Leaving Certificate Examination, 1913
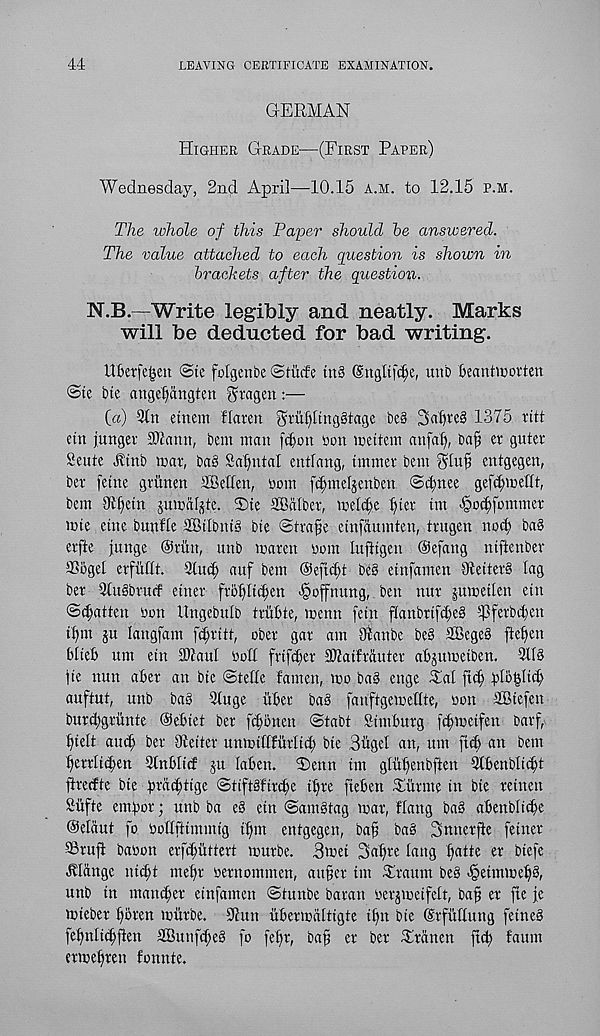
44
LEAVING CERTIFICATE EXAMINATION.
GERMAN
Higher Grade—(First Paper)
Wednesday, 2nd April—10.15 a.h. to 12.15 p.m.
The luhole of this Paper should he answered.
The value attached to each question is shown in
brackets after the question.
N.B.—Write legibly and neatly. Marks
will be deducted for bad writing.
Uterfe^en @te folgenbe ©tucfe m3 (Sitgltf^e, uub Ganttrovten
@te bte aitgel)angten ^ragen:—
(a) 9tn etnem flaren ^rufilinggtage be§
1375 titt
ein junger SOlann, bent man f^on non mettem anfal), ba^ er guter
Sente Htnb mar, bag Sagittal entlang, tmmer bent
entgegen,
ber feme gviinen SBeHen, nom fcfnne^enben ©cfnee gef^mettt,
bent Dtfjetn jumal^te. 2)te SBalber, melcfte bier tm '§ocbfommer
mte etne bunlle QBtlbntg bte <Stra^e cinfaumten, trugen no(^ bag
erfte jnnge ©rim, unb maren nom luftigen ©efang niftenber
SSbgel erfitrit. Stud; auf bem @eficf)t beg etnfamen Oteiterg tag
ber Stugbrucf etner frot)Itct>en >§offmutg, ben nur jumetlen etn
©fatten non Ungebutb triitte, menn fetn ftanbrifd;eg tpferbi^en
tt)m ju langfam fct;ritt, ober gar am Otanbe beg SBcgeg ftetjen
btieb urn etn iDtau! nott frtfct)er Sttaifrauter abptmeiben. 91 tg
jte nun after an bte ©telle famen, mo bag enge 31al ftd) ftlo^Itd;
auftut, unb bag Stuge ufter bag fanftgemeflte, nott SBtefen
burd;griinte ©efttet ber fcftbnen ©tabt Stntfturg fcftmctfen barf,
tjiett anct; ber Dteiter unmittfurtict; bte 3uget an, urn ftcft an bem
{fetrticften Stnfttirf ju taften. ©enn tm gtuftenbften Stftenbttcftt
firecfte bte ptitcfttge ©tiftgftrcfte tftre fteften Murine in bie retnett
Siifte emftor; unb ba eg etn ©antgtag mar, Hang bag aftenblidfe
©etaut fo noflftimmig i^m entgegen, baft bag Snnerfte fetner
93rufl banon erfi^uttert murbe. 3met 2>at;re tang ftatte er biefe
flange nicftt meftr nernommen, a ufter tm .Xraunt beg ^eintmeftg,
unb in manner einfatnen ©tunbe baran nerjmeifett, baft er fte fe
mieber ft6ren murbe. Stun itftermattigte iftn bie ©rfuttung fetneg
feftnlicftften SBunfcfteg fo feftr, baft er ber -Praneit ftd; fattm
ermeftren fonnte.